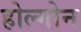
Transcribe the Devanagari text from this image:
होल्गोन